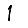
Digit: 1